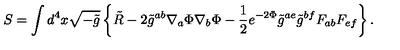
S = \int d ^ { 4 } x \sqrt { - \tilde { g } } \left\{ \tilde { R } - 2 \tilde { g } ^ { a b } \nabla _ { a } \Phi \nabla _ { b } \Phi - { \frac { 1 } { 2 } } e ^ { - 2 \Phi } \tilde { g } ^ { a e } \tilde { g } ^ { b f } F _ { a b } F _ { e f } \right\} .